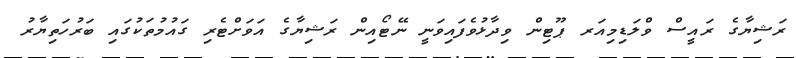
ރަޝިޔާގެ ރައީސް ވްލަޑިމިއަރ ޕޫޓިން ވިދާޅުވެފައިވަނީ ނޭޓޯއިން ރަޝިޔާގެ އަވަށްޓެރި ގައުމުތަކުގައި ބަރުހަތިޔާރު